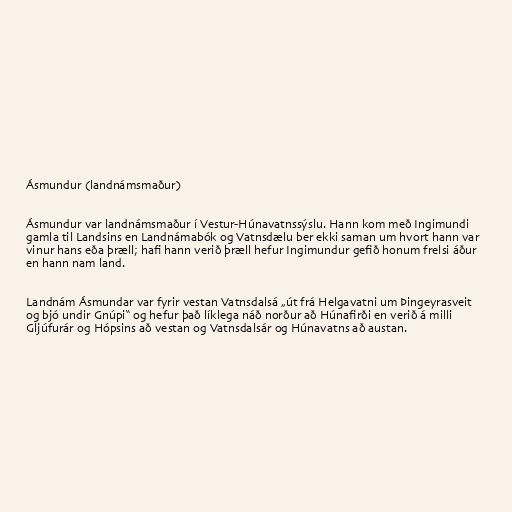
Ásmundur (landnámsmaður)

Ásmundur var landnámsmaður í Vestur-Húnavatnssýslu. Hann kom með Ingimundi
gamla til Landsins en Landnámabók og Vatnsdælu ber ekki saman um hvort hann var
vinur hans eða þræll; hafi hann verið þræll hefur Ingimundur gefið honum frelsi áður
en hann nam land.

Landnám Ásmundar var fyrir vestan Vatnsdalsá „út frá Helgavatni um Þingeyrasveit
og bjó undir Gnúpi“ og hefur það líklega náð norður að Húnafirði en verið á milli
Gljúfurár og Hópsins að vestan og Vatnsdalsár og Húnavatns að austan.